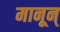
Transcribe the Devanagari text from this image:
मानून्